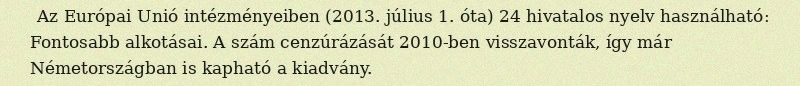
Az Európai Unió intézményeiben (2013. július 1. óta) 24 hivatalos nyelv használható: Fontosabb alkotásai. A szám cenzúrázását 2010-ben visszavonták, így már Németországban is kapható a kiadvány.